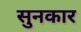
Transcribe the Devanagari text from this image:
सुनकार